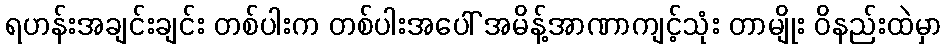
ရဟန်းအချင်းချင်း တစ်ပါးက တစ်ပါးအပေါ် အမိန့်အာဏာကျင့်သုံး တာမျိုး ဝိနည်းထဲမှာ